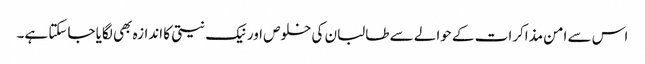
اس سے امن مذاکرات کے حوالے سے طالبان کی خلوص اور نیک نیتی کا اندازہ بھی لگایا جاسکتا ہے۔